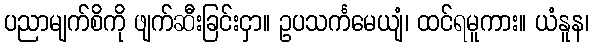
ပညာမျက်စိကို ဖျက်ဆီးခြင်းငှာ။ ဥပသင်္ကမေယျံ၊ ထင်ရမူကား။ ယံနူန၊